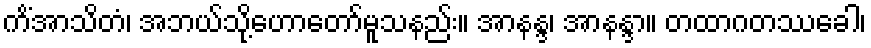
ကိံအာသိတံ၊ အဘယ်သို့ဟောတော်မူသနည်း။ အာနန္ဒ၊ အာနန္ဒာ။ တထာဂတဿခေါ၊